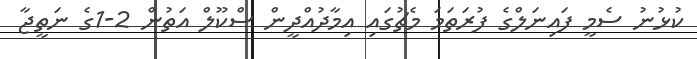
ކުޅުނު ސެމީ ފައިނަލްގެ ފުރަތަމަ މެޗުގައި އިމާދުއްދީން ސްކޫލް އަތުން 2-1ގެ ނަތީޖާ